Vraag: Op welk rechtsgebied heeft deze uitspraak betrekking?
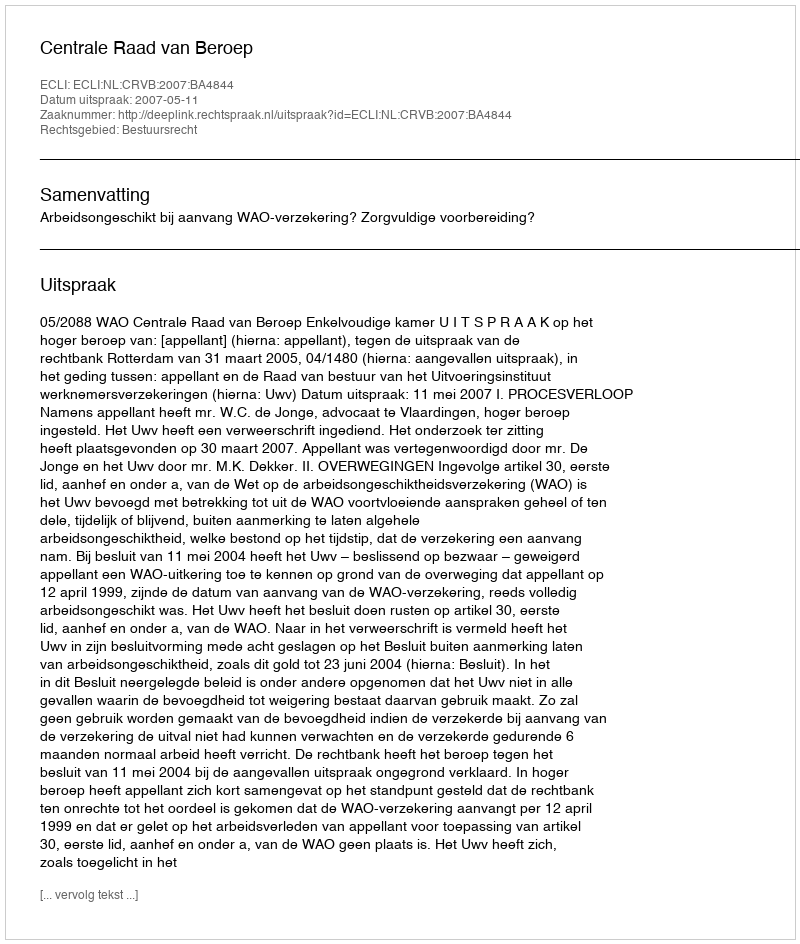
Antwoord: Bestuursrecht